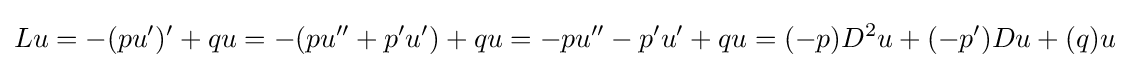
Lu=-(pu')'+qu=-(pu''+p'u')+qu=-pu''-p'u'+qu=(-p)D^{2}u+(-p')Du+(q)u